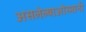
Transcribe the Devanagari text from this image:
असलेल्याओस्मानी